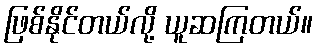
ဖြစ်နိုင်တယ်လို့ ယူဆကြတယ်။